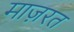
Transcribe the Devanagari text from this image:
माज़रत